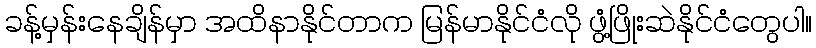
ခန့်မှန်းနေချိန်မှာ အထိနာနိုင်တာက မြန်မာနိုင်ငံလို ဖွံ့ဖြိုးဆဲနိုင်ငံတွေပါ။